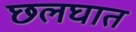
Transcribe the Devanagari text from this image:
छलघात